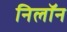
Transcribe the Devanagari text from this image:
निलॉन